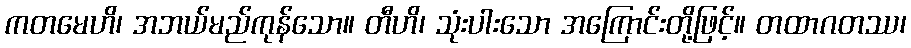
ကတမေဟိ၊ အဘယ်မည်ကုန်သော။ တီဟိ၊ သုံးပါးသော အကြောင်းတို့ဖြင့်။ တထာဂတဿ၊